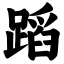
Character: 蹈